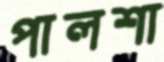
পালশা